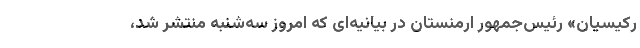
رکیسیان» رئیس‌جمهور ارمنستان در بیانیه‌ای که امروز سه‌شنبه منتشر شد،